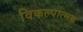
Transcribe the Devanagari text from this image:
विकल्पात्मक